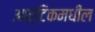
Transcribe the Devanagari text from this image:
आर्टिकमधील